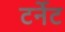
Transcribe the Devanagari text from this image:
टर्नेट